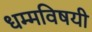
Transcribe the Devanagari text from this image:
धम्मविषयी